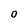
Character: O